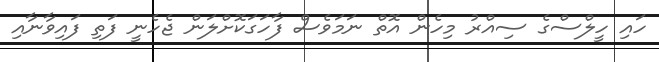
ހައި ހީލްސްގެ ސިއްރު މިހެން އޮތް ނަމަވެސް ފާހަގަކޮށްލަން ޖެހެނީ ފަތި ފައިވާނާއި